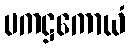
ပကဋ္ဌကောယံ